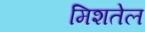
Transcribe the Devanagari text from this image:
मिशतेल